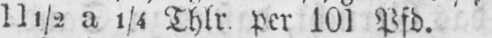
11½ a 1/4 Thlr. per 101 Pfd.